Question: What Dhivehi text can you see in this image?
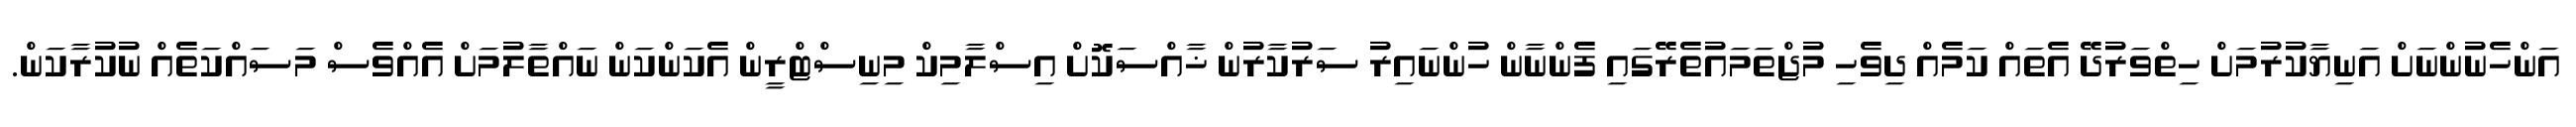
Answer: އަންހެނުންނަށް އަނިޔާކުރުމަށް ހިތްވަރުދޭ އެތައް ކަމެއް ދިވެހި މުޖްތަމައުތެރޭގައި ފެންނާން ހުންނައިރު ސަރުކާރުން ޚާއްސަކޮށް އިސްލާމިކް މިނިސްޓްރީން އެކަންކަން ނައްތާލުމަށް އެއްވެސް މަސައްކަތެއް ނުކުރާކަން.